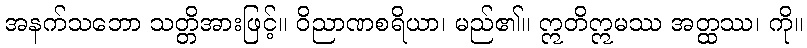
အနက်သဘော သတ္တိအားဖြင့်။ ဝိညာဏစရိယာ၊ မည်၏။ ဣတိဣမဿ အတ္ထဿ၊ ကို။